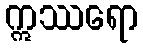
ဣဿရော